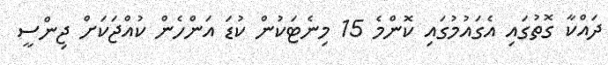
ދައްކާ ގޮތުގައި އެގައުމުގައި ކޮންމެ 15 މިނެޓަކުން ކުޑަ އަންހެން ކުއްޖަކަށް ޖިންސީ